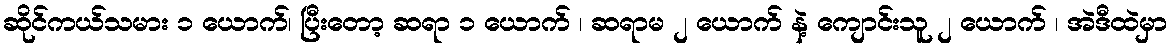
ဆိုင်ကယ်သမား ၁ ယောက်၊ ပြီးတော့ ဆရာ ၁ ယောက် ၊ ဆရာမ ၂ ယောက် နဲ့ ကျောင်းသူ ၂ ယောက် ၊ အဲဒီထဲမှာ